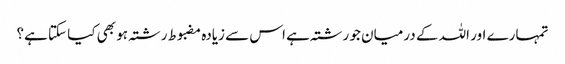
تمہارے اور اللہ کے درمیان جو رشتہ ہے اس سے زیادہ مضبوط رشتہ ہو بھی کیا سکتا ہے؟